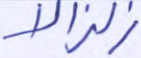
زلزالا